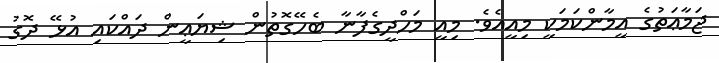
ޖަމާޢަތުގެ އީމާންކަމަކީ މިއީއެވެ. މިއީ މަހްދީގެފާނާ ބެހޭގޮތުން ޝިޔަޢީން ދައްކައި އުޅޭ ދޮގު